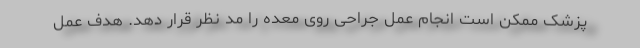
پزشک ممکن است انجام عمل جراحی روی معده را مد نظر قرار دهد. هدف عمل